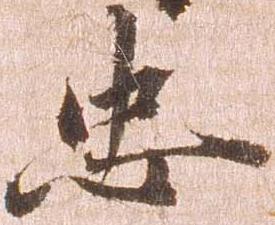
忠